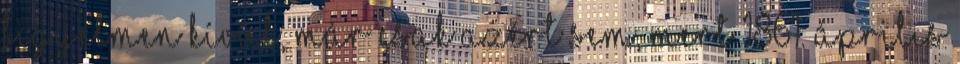
figyelmen kívül, már csak azért sem, mert 1861. április